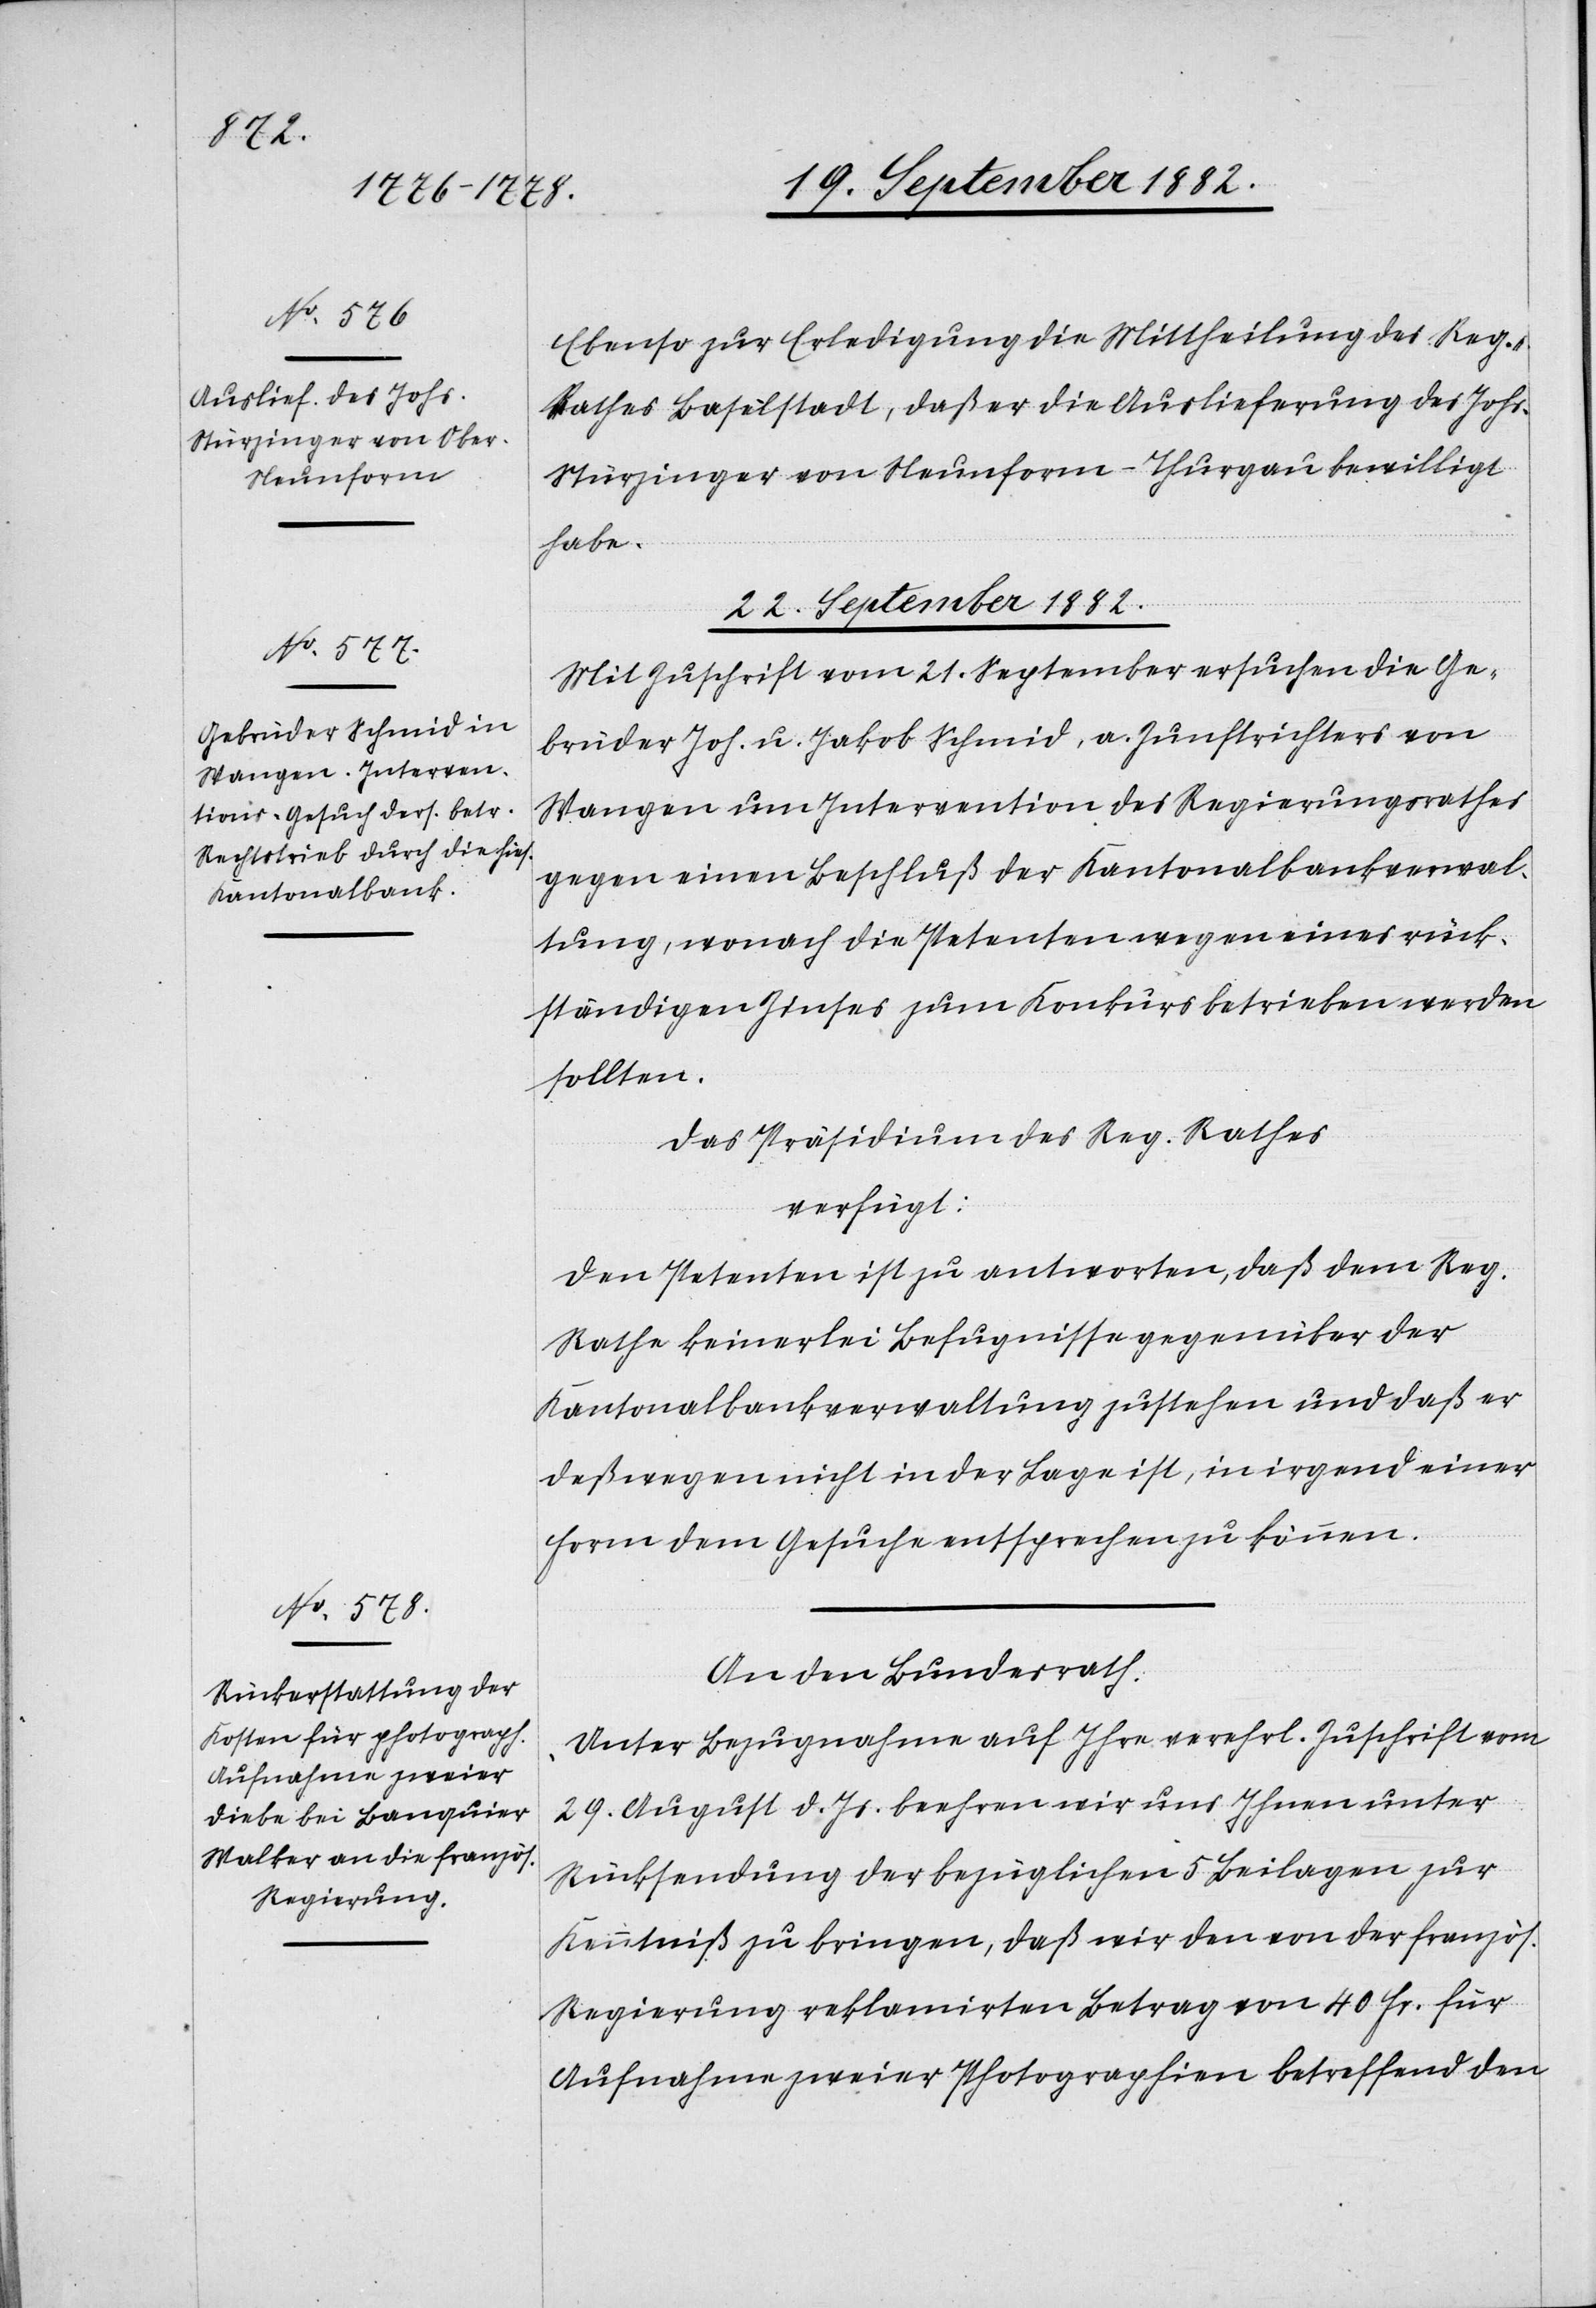
22.
Septbr. 1882.]
Ebenso zur Erledigung die Mittheilung des Reg.
Rathes Baselstadt, daß er die Auslieferung des Johs.
Stürzinger von Neunform - Thurgau bewilligt
habe.
22. September 1882.]
Mit Zuschrift vom 21. September ersuchen die Ge¬
brüder Joh. u. Jakob Schmid, a. Zunftrichter von
Wangen um Intervention des Regierungsrathes
gegen einen Beschluß der Kantonalbankverwal¬
tung, wonach die Petenten wegen eines rück¬
ständigen Zinses zum Konkurs betrieben werden
sollten.
Das Präsidium des Reg. Rathes
verfügt:
Den Petenten ist zu antworten, daß dem Reg.
Rathe keinerlei Befugnisse gegenüber der
Kantonalbankverwaltung zustehen und daß er
deßwegen nicht in der Lage ist, in irgend einer
Form dem Gesuche entsprechen zu können.
An den Bundesrath.
„Unter Bezugnahme auf Ihre verehrl. Zuschrift vom
29. August d. Js. beehren wir uns Ihnen unter
Rücksendung der bezüglichen 5 Beilagen zur
Kenntniß zu bringen, daß wir den von der französ.
Regierung reklamirten Betrag von 40 Fr. für
Aufnahme zweier Photographien betreffend den